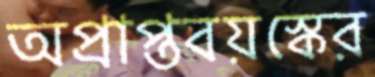
অপ্রাপ্তবয়স্কের